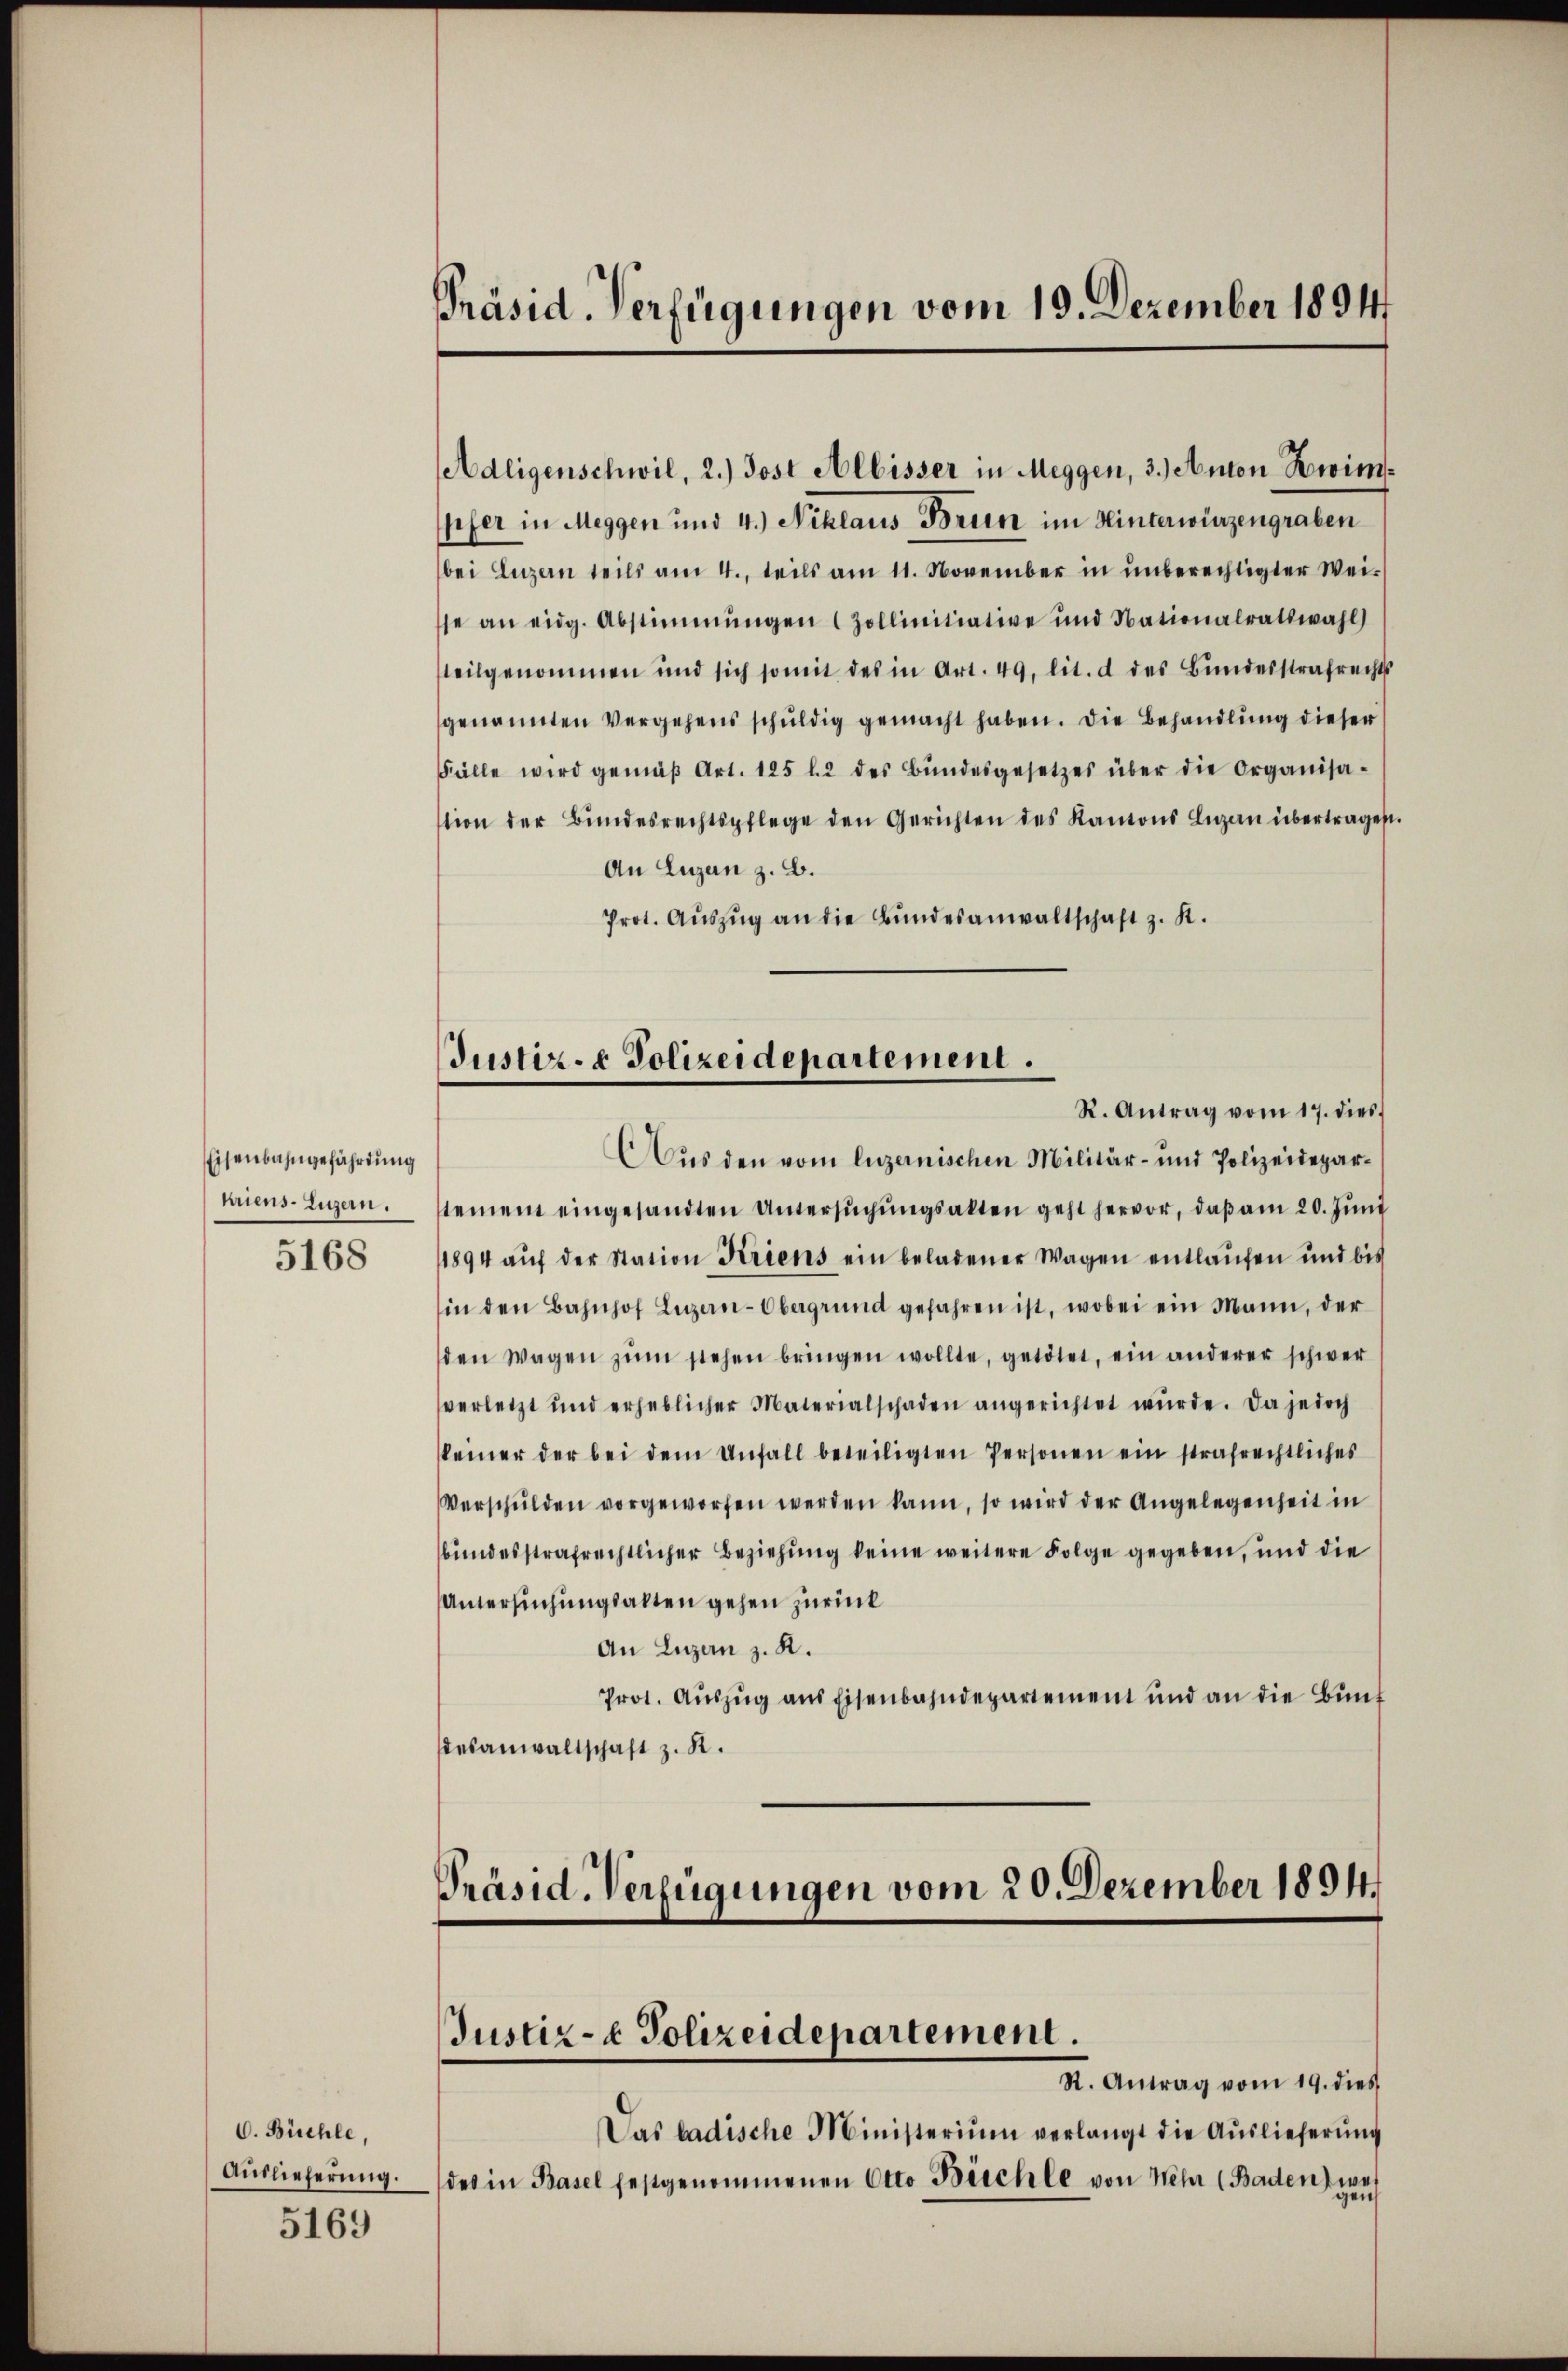
Eisenbahngefährdung
5168

pfer in Meggen und 4.) Niklaus Brun im Hinterwiezengraben
bei Luzern teils am 4. teils am 11. November in unberechtigter Wei-
sse an eidg. Abstimmungen (Zollinitiative und Nationalratswahl
teilgenommen und sich somit des in Art. 49. lit. d des Bŭndesstrafrechts
genannten Vergehens schuldig gemacht haben. Die Behandlung dieser
Fälle wird gemäβ Art. 125 l. 2 des Bŭndesgesetzes über die Organisa-
tion der Bŭndesrechtspflege den Gerichten des Kantons Luzan übertragen.
An Luzen z. B.
Prot. Aŭszŭg an die Bŭndesanwaltschaft z. K.
Aus den vom luzernischen Militär- und Polizeideparuriens Luzern. Seien eingesandten Untersŭchŭngsakten geht hervor, daβ am 20. Jŭni
1894 aŭf der Station Kriens ein beladener Wagen entlaufen und bis
in den Bahnhof Luzern-Obergrund gefahren ist, wobei ein Mann, der
den Wagen zŭm stehen bringen wollte, getötet, ein anderer schwer
verletzt und erheblicher Materialschaden angerichtet würde. Da jedoch
keiner der bei dem Anfall beteiligten Personen ein strafrechtliches
Verschŭlden vorgeworfen werden kann, so wird der Angelegenheit in
bundesstrafrechtlicher Beziehung keine weitere Folge gegeben, und die
Untersuchungsalten gehen zurück
An Luzern z. R.
Prot. Aŭszŭg ans Eisenbahndepartement und an die Bŭnd
desanwaltschaft z. R.

C. Büchle,
Auslieferung.
5169

Präsid. Verfügungen vom 19. Dezember 1891

Adligenschwil, 2.) Jost Albisser in Meggen, 3.) Anton Zwim¬

Justiz- & Polizeidepartement.
R. Antrag vom 17. dies

Präsid-Verfügungen vom 20. Dezember 1894.
Justiz- & Polizeidepartement.
K. Antrag vom 19. dies

Das badische Ministerium verlangt die Auslieferŭng
des in Basel festgenommenen Otto Büchle von Mehr (Baden zu